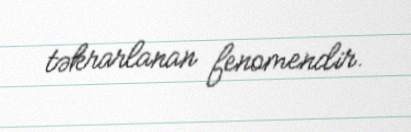
təkrarlanan fenomendir.